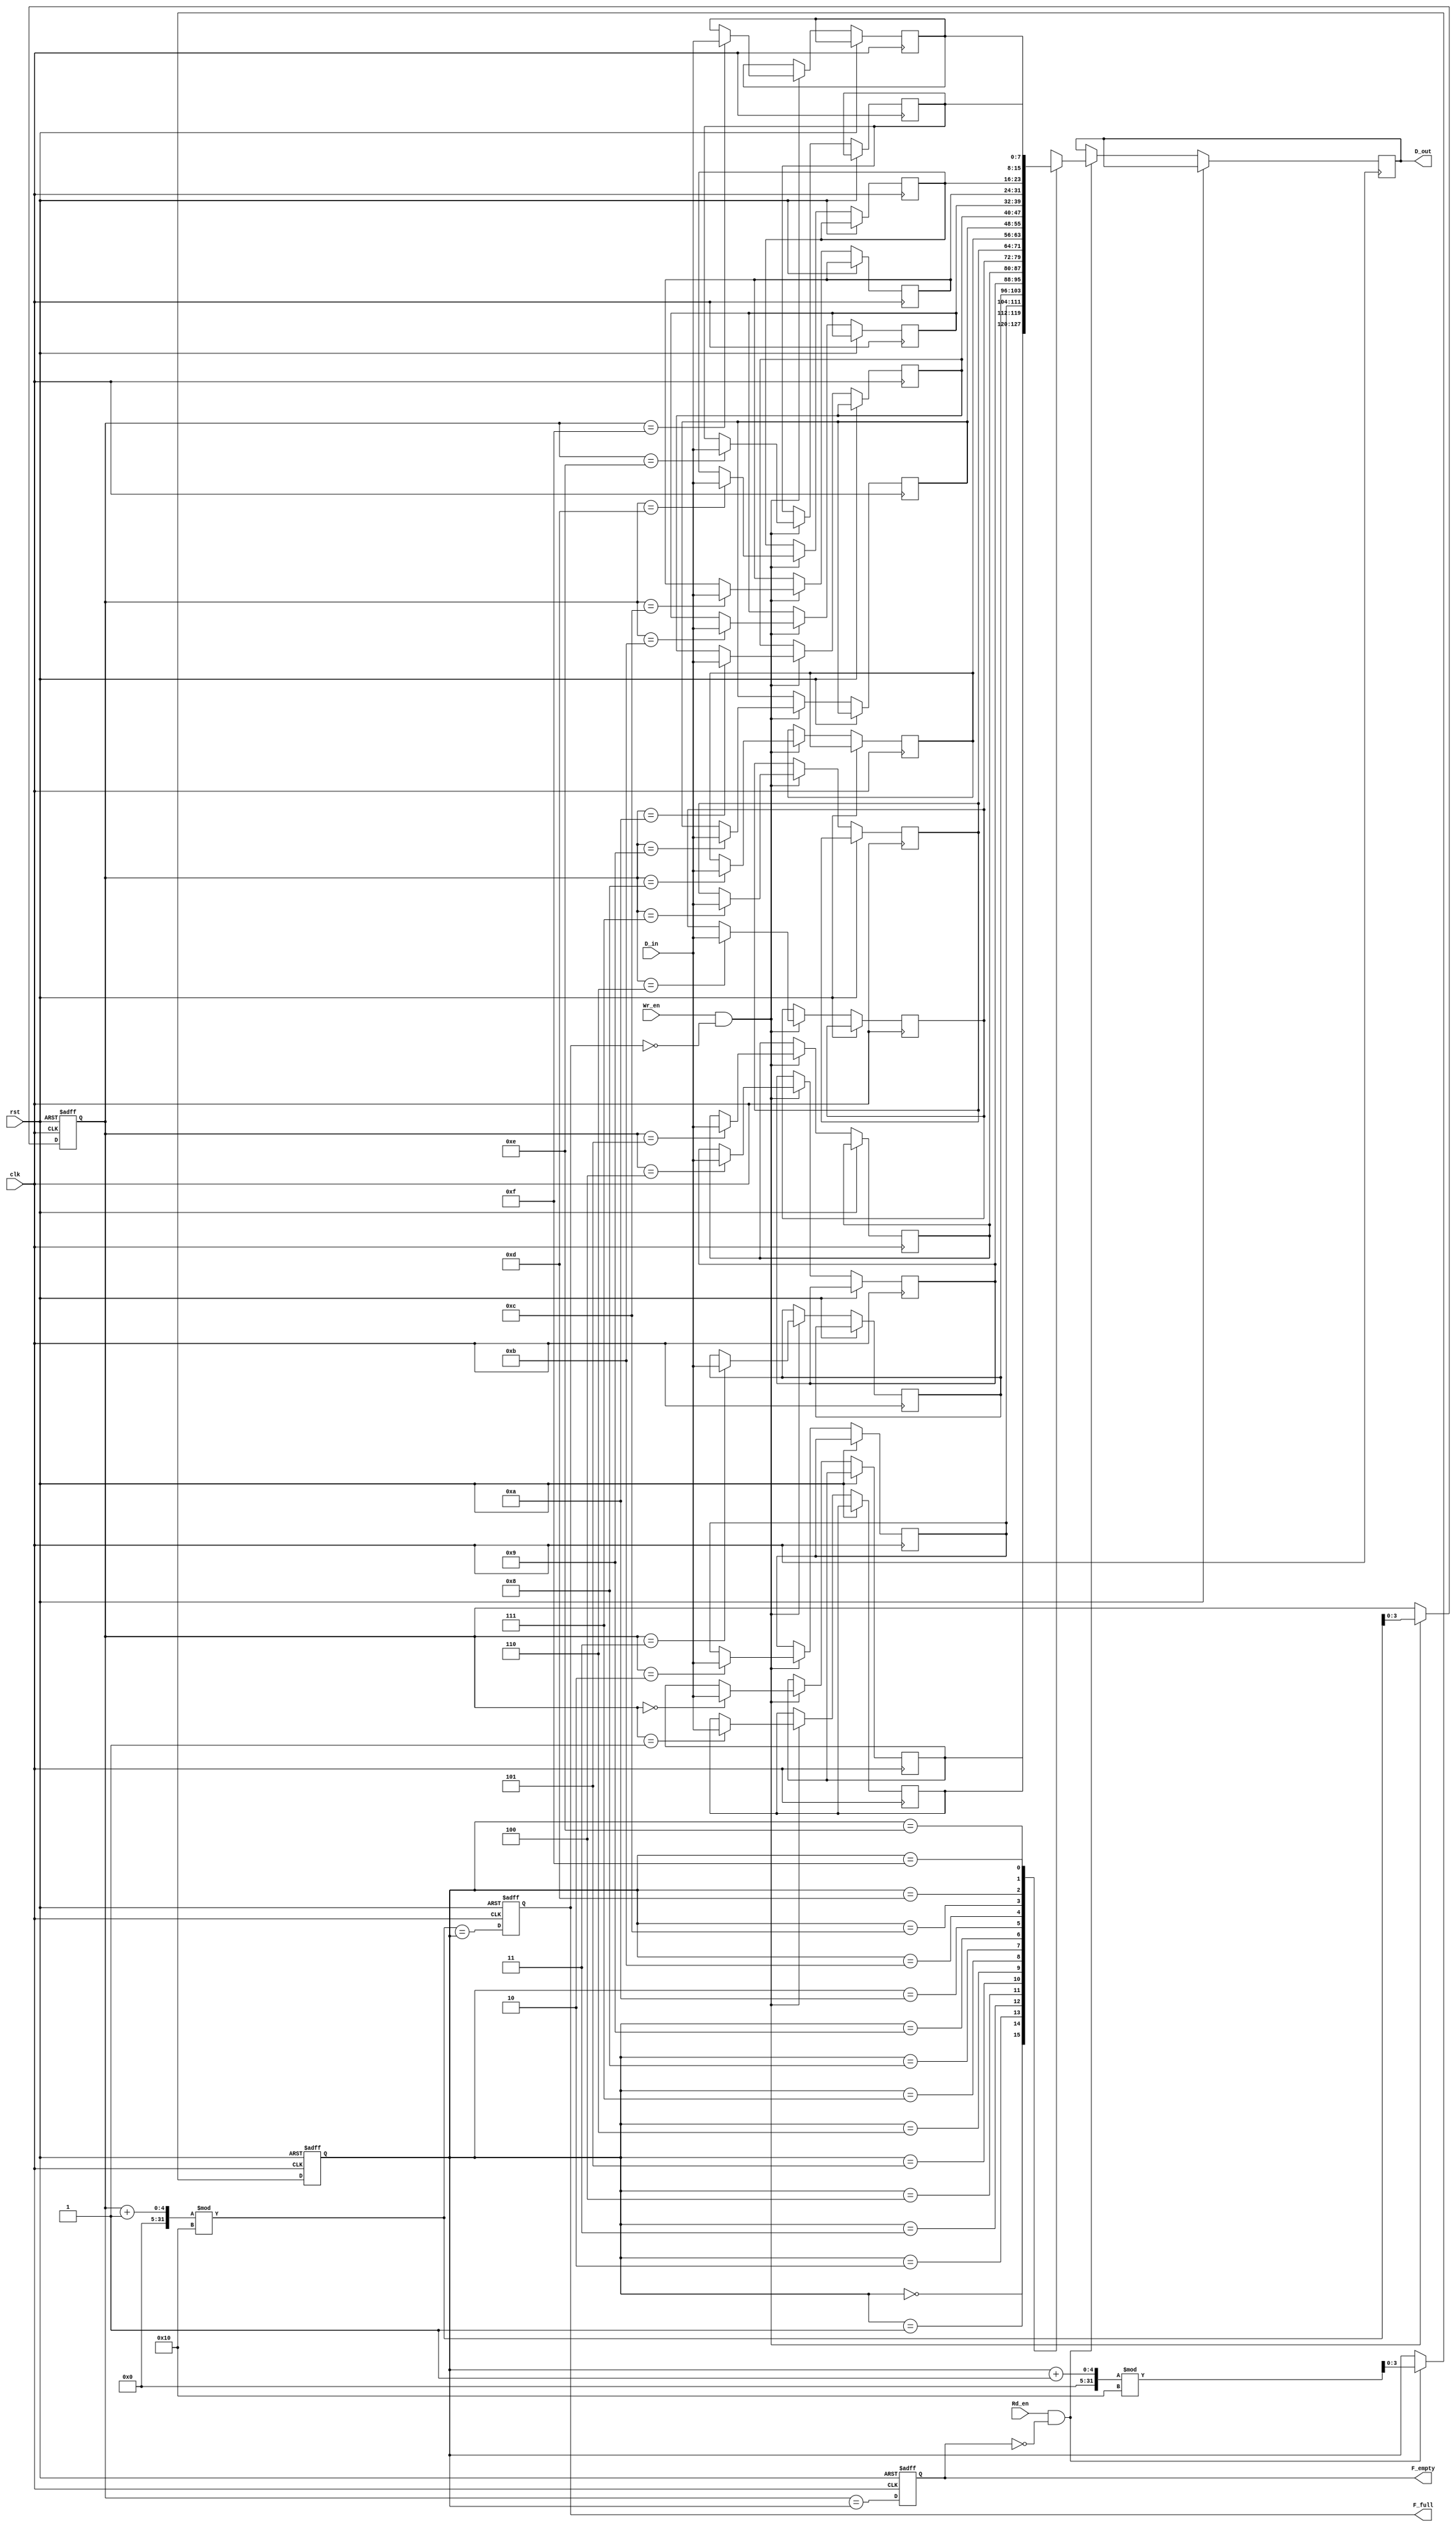
module fifo_sram #(
    parameter DEPTH = 16,  // Number of entries in the FIFO
    parameter WIDTH = 8    // Width of each entry in bits
)(
    input wire clk,          // Clock signal
    input wire rst,          // Reset signal
    input wire [WIDTH-1:0] D_in, // Data input
    input wire Wr_en,        // Write enable
    input wire Rd_en,        // Read enable
    output reg [WIDTH-1:0] D_out, // Data output
    output reg F_full,       // Full flag
    output reg F_empty       // Empty flag
);

    // Memory array
    reg [WIDTH-1:0] mem [0:DEPTH-1];

    // Pointers
    reg [$clog2(DEPTH)-1:0] WPtr; // Write pointer
    reg [$clog2(DEPTH)-1:0] RPtr; // Read pointer

    // Initialize pointers and flags
    always @(posedge clk or posedge rst) begin
        if (rst) begin
            WPtr <= 0;
            RPtr <= 0;
            F_full <= 0;
            F_empty <= 1;
        end else begin
            // Write operation
            if (Wr_en && !F_full) begin
                mem[WPtr] <= D_in; // Write data to memory
                WPtr <= (WPtr + 1) % DEPTH; // Increment write pointer
            end

            // Read operation
            if (Rd_en && !F_empty) begin
                D_out <= mem[RPtr]; // Read data from memory
                RPtr <= (RPtr + 1) % DEPTH; // Increment read pointer
            end

            // Update flags
            F_full <= (WPtr + 1) % DEPTH == RPtr; // Check if full
            F_empty <= (WPtr == RPtr); // Check if empty
        end
    end

endmodule